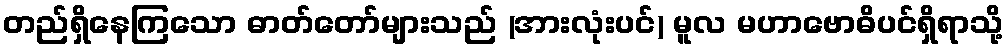
တည်ရှိနေကြသော ဓာတ်တော်များသည် (အားလုံးပင်) မူလ မဟာဗောဓိပင်ရှိရာသို့